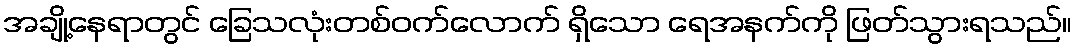
အချို့နေရာတွင် ခြေသလုံးတစ်ဝက်လောက် ရှိသော ရေအနက်ကို ဖြတ်သွားရသည်။